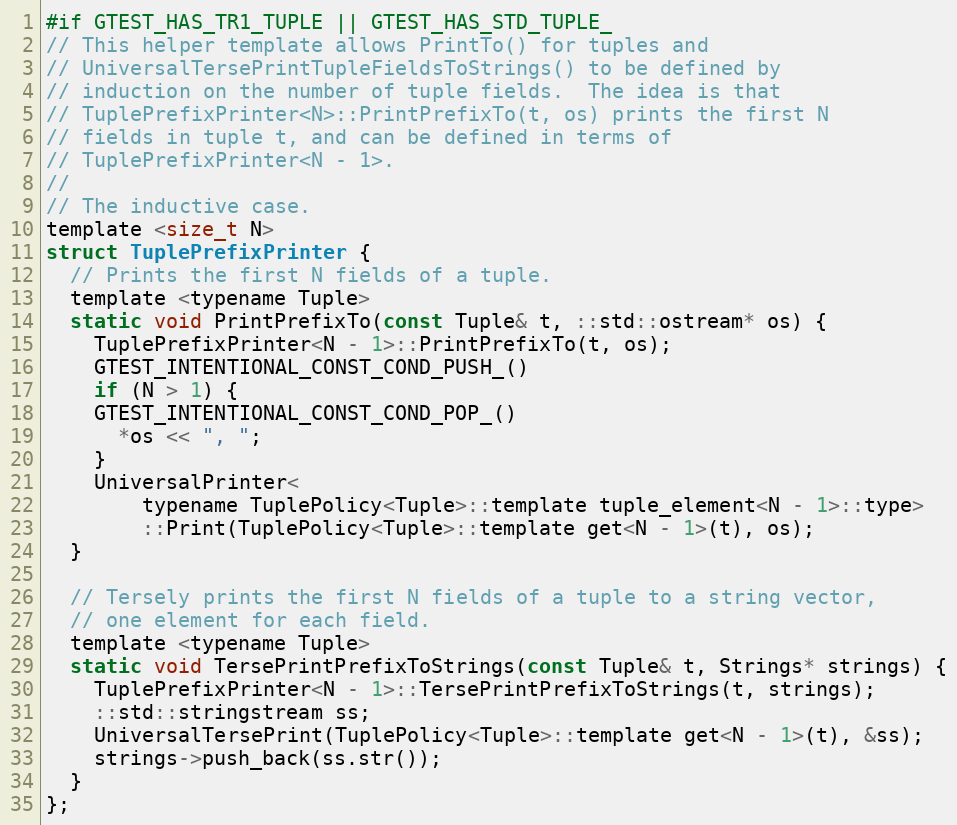
Language: C
#if GTEST_HAS_TR1_TUPLE || GTEST_HAS_STD_TUPLE_
// This helper template allows PrintTo() for tuples and
// UniversalTersePrintTupleFieldsToStrings() to be defined by
// induction on the number of tuple fields.  The idea is that
// TuplePrefixPrinter<N>::PrintPrefixTo(t, os) prints the first N
// fields in tuple t, and can be defined in terms of
// TuplePrefixPrinter<N - 1>.
//
// The inductive case.
template <size_t N>
struct TuplePrefixPrinter {
  // Prints the first N fields of a tuple.
  template <typename Tuple>
  static void PrintPrefixTo(const Tuple& t, ::std::ostream* os) {
    TuplePrefixPrinter<N - 1>::PrintPrefixTo(t, os);
    GTEST_INTENTIONAL_CONST_COND_PUSH_()
    if (N > 1) {
    GTEST_INTENTIONAL_CONST_COND_POP_()
      *os << ", ";
    }
    UniversalPrinter<
        typename TuplePolicy<Tuple>::template tuple_element<N - 1>::type>
        ::Print(TuplePolicy<Tuple>::template get<N - 1>(t), os);
  }

  // Tersely prints the first N fields of a tuple to a string vector,
  // one element for each field.
  template <typename Tuple>
  static void TersePrintPrefixToStrings(const Tuple& t, Strings* strings) {
    TuplePrefixPrinter<N - 1>::TersePrintPrefixToStrings(t, strings);
    ::std::stringstream ss;
    UniversalTersePrint(TuplePolicy<Tuple>::template get<N - 1>(t), &ss);
    strings->push_back(ss.str());
  }
};